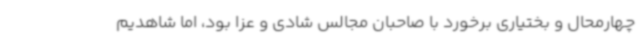
چهارمحال و بختیاری برخورد با صاحبان مجالس شادی و عزا بود، اما شاهدیم